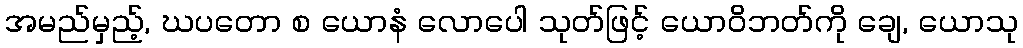
အမည်မှည့်, ဃပတော စ ယောနံ လောပေါ သုတ်ဖြင့် ယောဝိဘတ်ကို ချေ, ယောသု